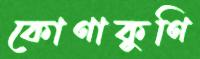
কোণাকুণি